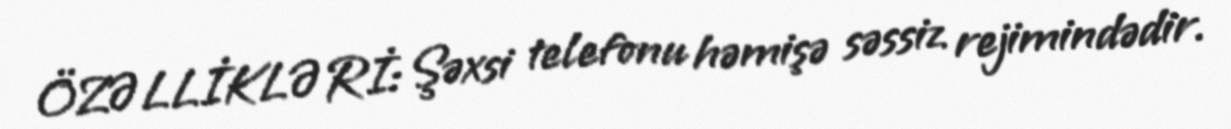
ÖZƏLLİKLƏRİ: Şəxsi telefonu həmişə səssiz rejimindədir.